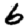
Digit: 6